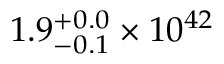
1 . 9 _ { - 0 . 1 } ^ { + 0 . 0 } \times 1 0 ^ { 4 2 }